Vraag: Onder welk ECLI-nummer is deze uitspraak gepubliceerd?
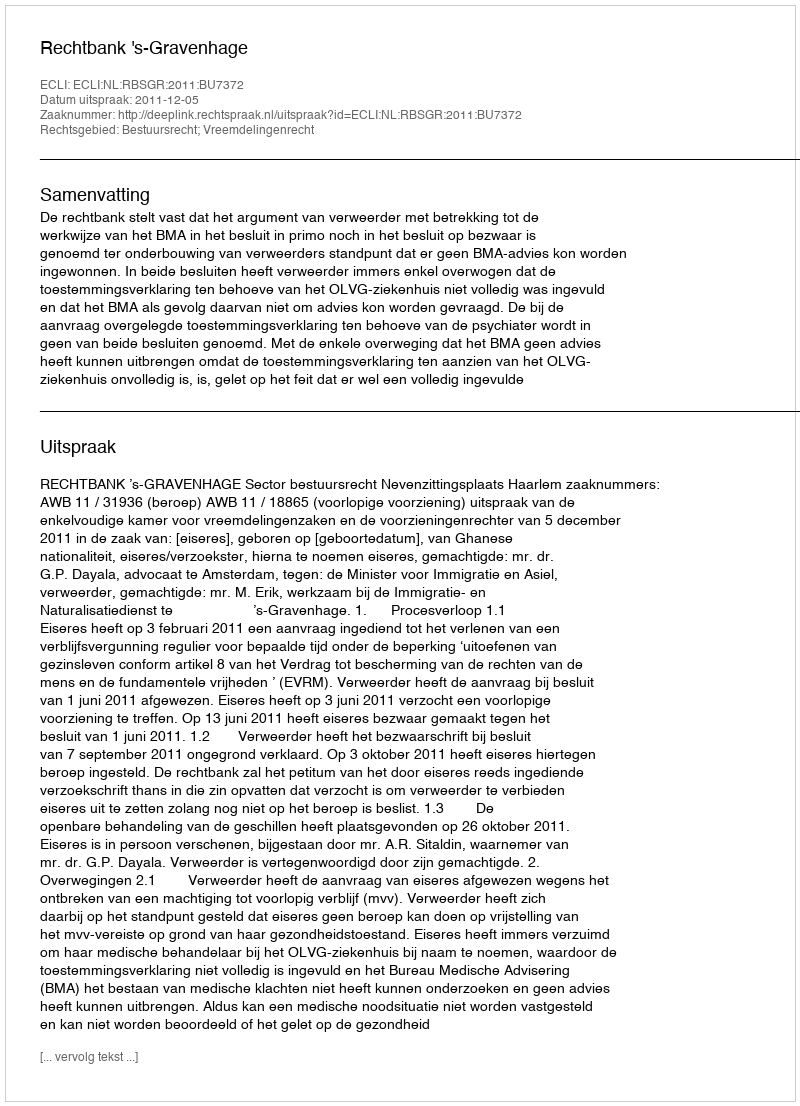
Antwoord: ECLI:NL:RBSGR:2011:BU7372